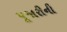
પૂજારીની